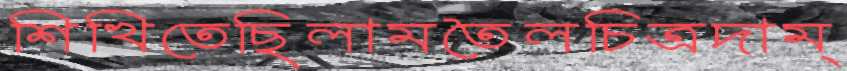
শিখিতেছিলামতৈলচিত্রদাম্